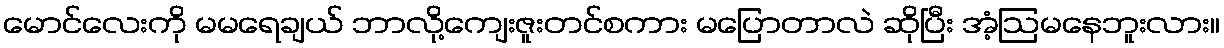
မောင်လေးကို မမရေချယ် ဘာလို့ကျေးဇူးတင်စကား မပြောတာလဲ ဆိုပြီး အံ့ဩမနေဘူးလား။